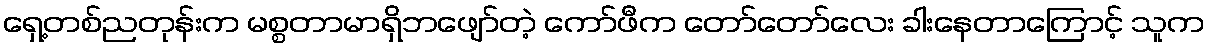
ရှေ့တစ်ညတုန်းက မစ္စတာမာရှိဘဖျော်တဲ့ ကော်ဖီက တော်တော်လေး ခါးနေတာကြောင့် သူက